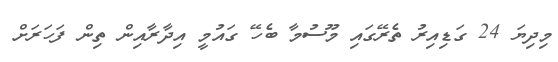
މިދިޔަ 24 ގަޑިއިރު ތެރޭގައި މޫސުމާ ބެހޭ ގައުމީ އިދާރާއިން ތިން ފަހަރަށް